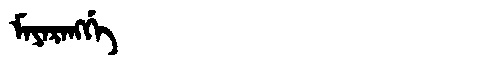
Manchu: ᠮᠠᠶᠠᡵᠠᠩᡤᡝ
Romanization: MAYARANGGE